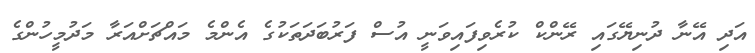
އަދި އޭނާ ދުނިޔޭގައި ރޭންކް ކުރެވިފައިވަނީ އުސް ފަރުބަދަތަކުގެ އެންމެ މައްޗަށްއަރާ މަދުމީހުންގެ